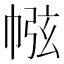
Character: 㡉